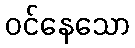
ဝင်နေသော